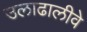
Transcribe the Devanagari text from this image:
उलाढालीवे